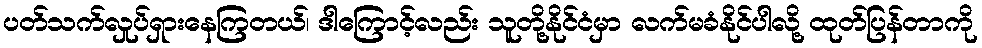
ပတ်သက်လှုပ်ရှားနေကြတယ်၊ ဒါကြောင့်လည်း သူတို့နိုင်ငံမှာ လက်မခံနိုင်ပါလို့ ထုတ်ပြန်တာကို